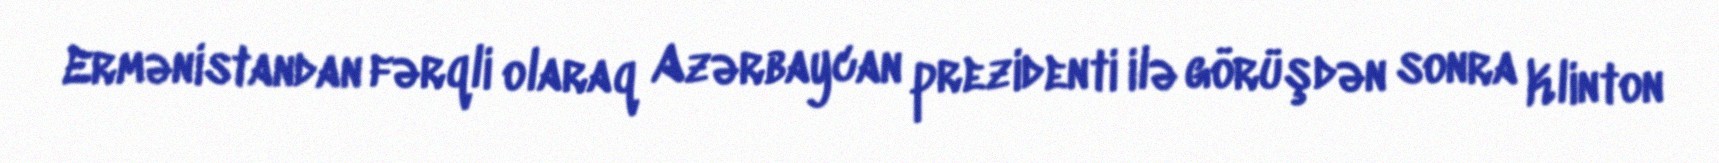
Ermənistandan fərqli olaraq Azərbaycan prezidenti ilə görüşdən sonra Klinton